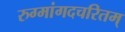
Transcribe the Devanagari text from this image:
रुग्मांगदचरितम्